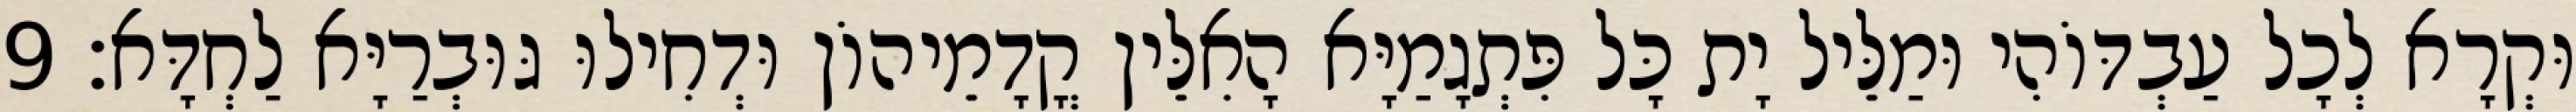
וּקְרָא לְכָל עַבְדּוֹהִי וּמַלֵּיל יָת כָּל פִּתְגָמַיָּא הָאִלֵּין קֳדָמֵיהוֹן וּדְחִילוּ גּוּבְרַיָּא לַחְדָּא׃ 9